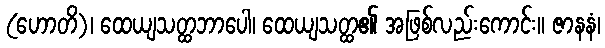
(ဟောတိ)၊ ထေယျသတ္ထဘာပေါ၊ ထေယျသတ္ထ၏ အဖြစ်လည်းကောင်း။ ဇာနနံ၊